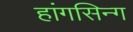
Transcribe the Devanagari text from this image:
हांगसिन्ग